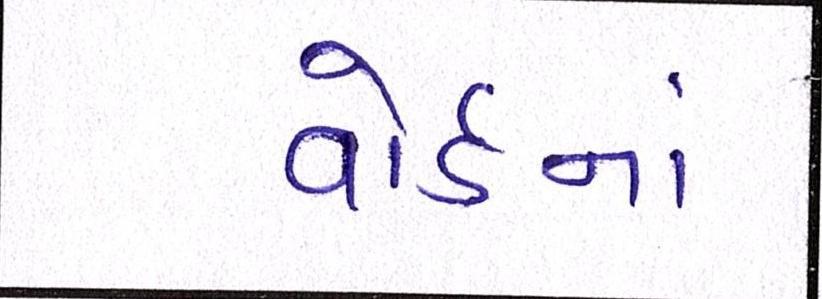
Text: વોર્ડનાં